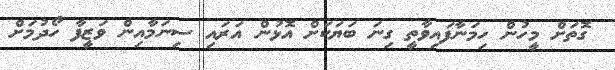
ގޮތަށް މީހުން ހިމަނާފައިވާތީ ގިނަ ބަޔަކަށް އޮޅުން އަރައި ސިނަމާއިން ވަޒީފާ ހޯދުމަށް